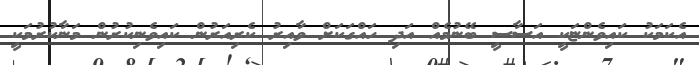
އެކަމަކު ކައިވެންޏަކީ އަސާސީ ބޭނުމެއް އަދި ހައްގަކަށް ވާއިރު ކެރިއަރުން ކައިވެނިކުރުން މަނާކުރުމަކީ